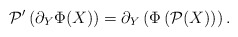
\begin{align*}\mathcal{P}'\left(\partial_Y\Phi(X)\right)=\partial_Y\left(\Phi\left(\mathcal{P}(X)\right)\right).\end{align*}